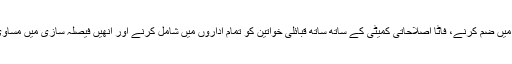
Image caption تنظیم نے حکومت سے فاٹا کو فوری طور پر خیبر پختونخوا میں ضم کرنے، فاٹا اصلاحاتی کمیٹی کے ساتھ ساتھ قبائلی خواتین کو تمام اداروں میں شامل کرنے اور انھیں فیصلہ سازی میں مساوی نمائندگی دینے کا بھی مطالبہ کیا ہے۔